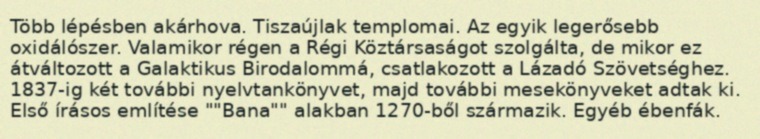
Több lépésben akárhova. Tiszaújlak templomai. Az egyik legerősebb oxidálószer. Valamikor régen a Régi Köztársaságot szolgálta, de mikor ez átváltozott a Galaktikus Birodalommá, csatlakozott a Lázadó Szövetséghez. 1837-ig két további nyelvtankönyvet, majd további mesekönyveket adtak ki. Első írásos említése ""Bana"" alakban 1270-ből származik. Egyéb ébenfák.